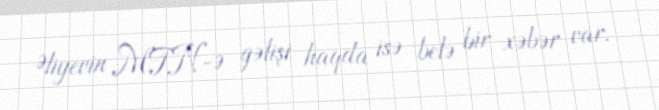
Əliyevin MTN-ə gəlişi haqda isə belə bir xəbər var.